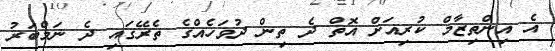
އެ އިންތިޒާމް ކުރިއަށް އޮތް ދެ ތިން ދުވަހެއްގެ ތެރޭގައި ދެ ނަމްބަރު